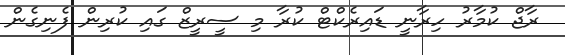
ރާޖް ކުމާރު ހިރާނީ ޑައިރެކްޓް ކުރާ މި ސީރީޒް ގައި ކުރިން ފެނިގެން